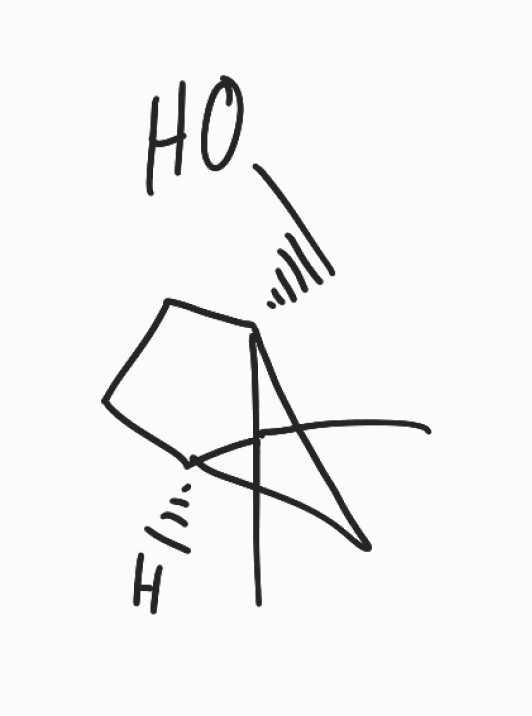
Simplified molecular-input line-entry system (SMILES) notation of the given molecule:
CC1([C@@H]2CC[C@]1(C2)CO)C